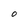
Character: O